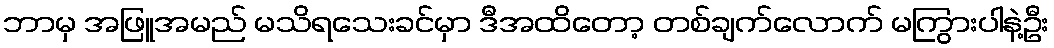
ဘာမှ အဖြူအမည် မသိရသေးခင်မှာ ဒီအထိတော့ တစ်ချက်လောက် မကြွားပါနဲ့ဦး